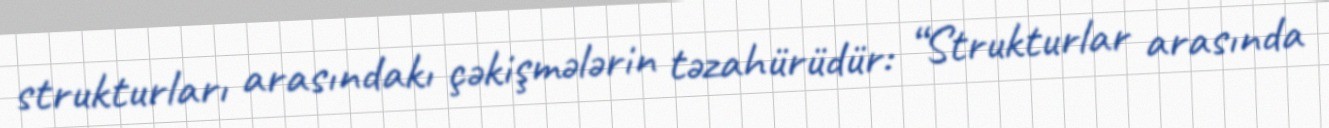
strukturları arasındakı çəkişmələrin təzahürüdür: “Strukturlar arasında